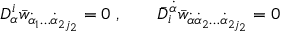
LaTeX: D _ { \alpha } ^ { i } \bar { w } _ { \dot { \alpha } _ { 1 } \ldots \dot { \alpha } _ { 2 j _ { 2 } } } = 0 \; , \qquad \bar { D } _ { i } ^ { \dot { \alpha } } \bar { w } _ { \dot { \alpha } \dot { \alpha } _ { 2 } \ldots \dot { \alpha } _ { 2 j _ { 2 } } } = 0